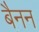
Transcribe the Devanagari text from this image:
बैनन